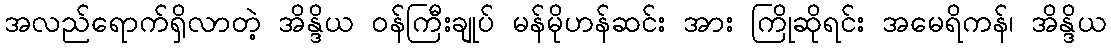
အလည်ရောက်ရှိလာတဲ့ အိန္ဒိယ ဝန်ကြီးချုပ် မန်မိုဟန်ဆင်း အား ကြိုဆိုရင်း အမေရိကန်၊ အိန္ဒိယ